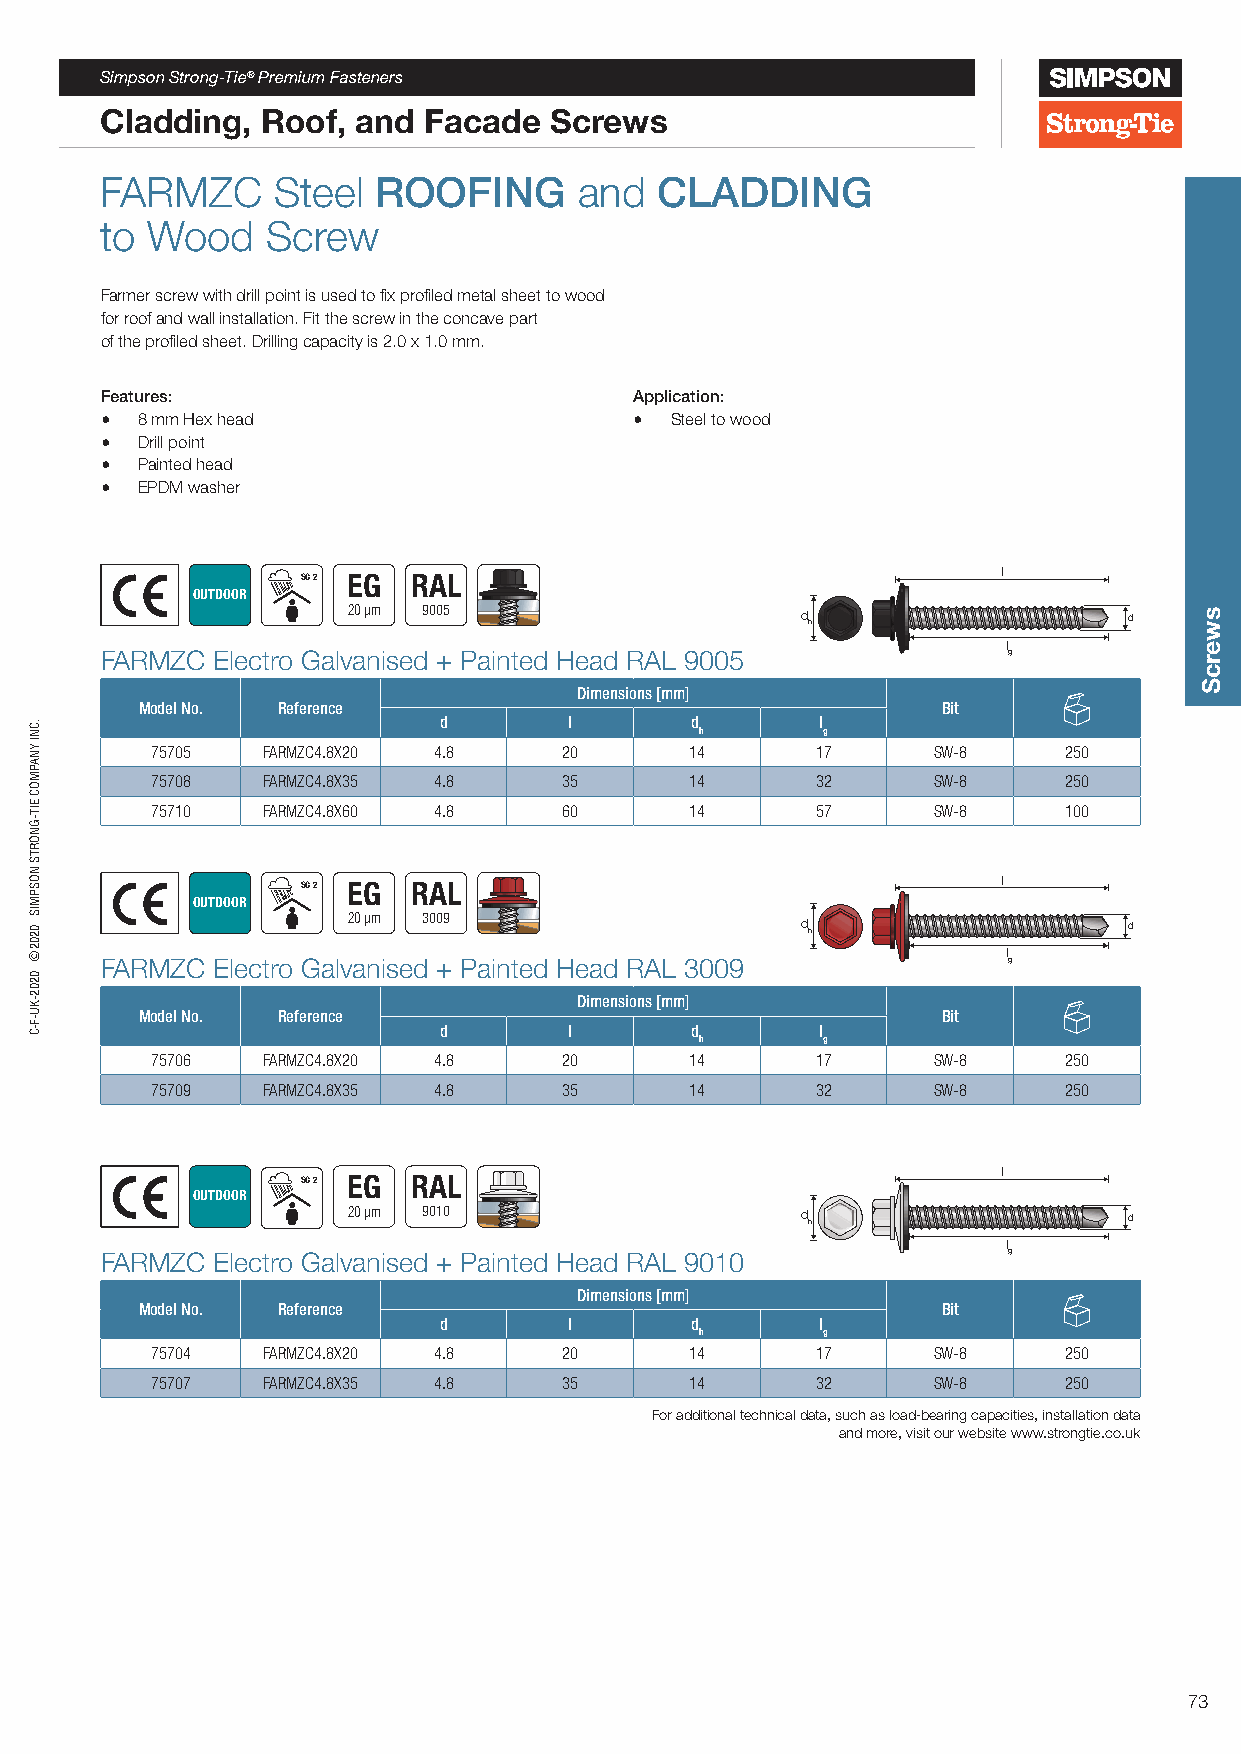
Simpson Strong-Tie® Premium Fasteners
 Cladding, Roof,  and Facade  Screws
 FARMZC     Steel  ROOFING      and  CLADDING
 to Wood    Screw
 Farmer screw with drill point is used to fix profiled metal sheet to wood
 for roof and wall installation. Fit the screw in the concave part
 of the profiled sheet. Drilling capacity is 2.0 x 1.0 mm.
 Features:                          Application:
 • 8 mm Hex head                    • Steel to wood
 • Drill point
 • Painted head
 • EPDM washer
 SC 2 EG RAL                                   l
 OUTDOOR
 20 µm 9005                    d h                   d
 l
 FARMZC Electro Galvanised + Painted Head RAL 9005           g
 Dimensions [mm]
 Model No. Reference                                  Bit
 d        l       d       l
 h       g
 75705  FARMZC4.8X20 4.8    20       14      17      SW-8    250
 75708  FARMZC4.8X35 4.8    35       14      32      SW-8    250
 75710  FARMZC4.8X60 4.8    60       14      57      SW-8    100
 SC 2 EG RAL                                   l
 OUTDOOR
 20 µm 3009                    d h                   d
 l
 FARMZC Electro Galvanised + Painted Head RAL 3009           g
 Dimensions [mm]
 Model No. Reference                                  Bit
 d        l       d       l
 h       g
 75706  FARMZC4.8X20 4.8    20       14      17      SW-8    250
 75709  FARMZC4.8X35 4.8    35       14      32      SW-8    250
 l
 SC 2 EG RAL
 OUTDOOR
 20 µm 9010                    d h                   d
 l
 FARMZC Electro Galvanised + Painted Head RAL 9010           g
 Dimensions [mm]
 Model No. Reference                                  Bit
 d        l       d       l
 h       g
 75704  FARMZC4.8X20 4.8    20       14      17      SW-8    250
 75707  FARMZC4.8X35 4.8    35       14      32      SW-8    250
 For additional technical data, such as load-bearing capacities, installation data
 and more, visit our website www.strongtie.co.uk
 73
 .CNI
 YNAPMOC
 EIT-GNORTS
 NOSPMIS
 0202©
 0202-KU-F-C
 swercS